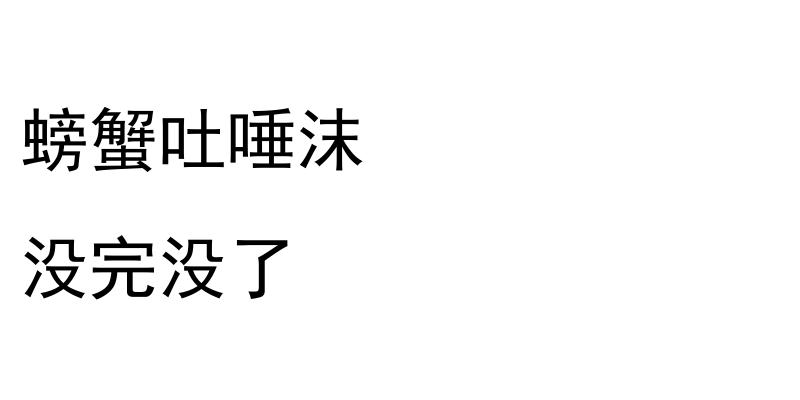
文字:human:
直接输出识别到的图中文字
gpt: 螃蟹吐唾沫 没完没了